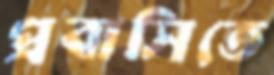
প্রবাসিতে